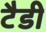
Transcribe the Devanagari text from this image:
टैडी